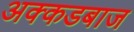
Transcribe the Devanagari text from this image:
अक्कडबाज